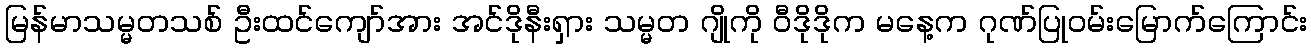
မြန်မာသမ္မတသစ် ဦးထင်ကျော်အား အင်ဒိုနီးရှား သမ္မတ ဂျိုကို ဝီဒိုဒိုက မနေ့က ဂုဏ်ပြုဝမ်းမြောက်ကြောင်း